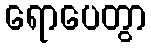
ရောပေတွာ